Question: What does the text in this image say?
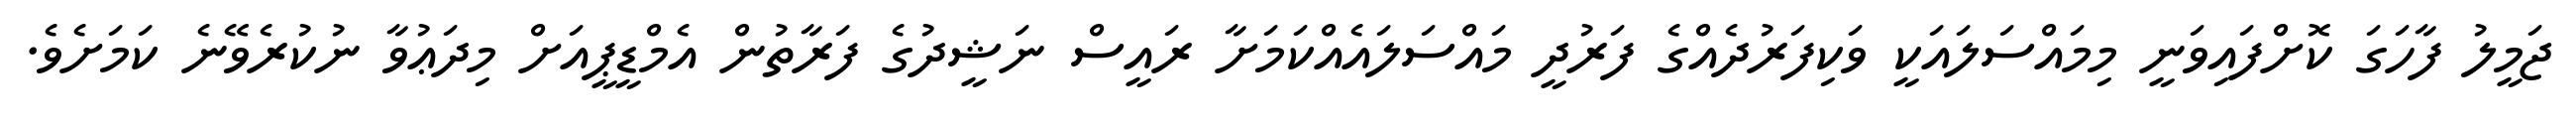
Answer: ޖަމީލު ފާހަގަ ކޮށްފައިވަނީ މިމައްސަލައަކީ ވަކިފަރުދެއްގެ ފަރުދީ މައްސަލައެއްކަމަށާ ރައީސް ނަޝީދުގެ ފަރާތުން އެމްޑީޕީއަށް މިދަޢުވާ ނުކުރެވޭނެ ކަމަށެވެ.